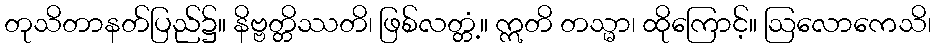
တုသိတာနတ်ပြည်၌။ နိဗ္ဗတ္တိဿတိ၊ ဖြစ်လတ္တံ့။ ဣတိ တသ္မာ၊ ထိုကြောင့်။ ဩလောကေသိ၊